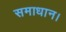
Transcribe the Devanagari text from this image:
समाधान।